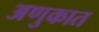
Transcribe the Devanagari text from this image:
अणुकात